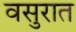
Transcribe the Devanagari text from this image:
वसुरात